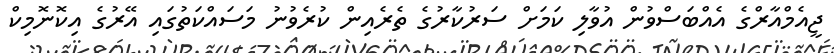
ޖީއެމްއާރްގެ އެއްބަސްވުން އުވާލި ކަމަށް ސަރުކާރުގެ ތެރެއިން ކުރެވުނު މަސައްކަތުގައި އޭރުގެ އިކޮނޮމިކް